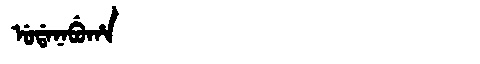
Manchu: ᡠᡩᠠᠨᠠᠪᡠᡥᠠ
Romanization: UDANABUHA